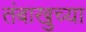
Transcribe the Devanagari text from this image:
तंबाखुच्या